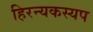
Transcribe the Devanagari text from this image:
हिरन्यकस्यप